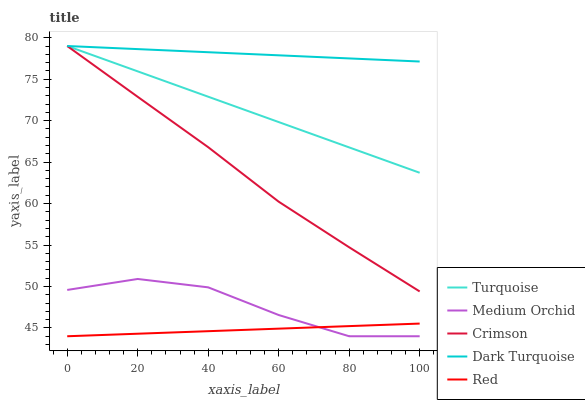
| xaxis_label | Turquoise | Medium Orchid | Crimson | Dark Turquoise | Red |
 | --- | --- | --- | --- | --- | --- |
 | 0 | 79 | 49.6 | 79 | 79 | 44 |
 | 20 | 75.9 | 50.9 | 72.9 | 78.6 | 44.3 |
 | 40 | 72.9 | 49.9 | 66.8 | 78.3 | 44.6 |
 | 60 | 69.8 | 46.6 | 60.2 | 77.9 | 44.9 |
 | 80 | 66.8 | 44 | 54.7 | 77.5 | 45.2 |
 | 100 | 63.7 | 44 | 49.4 | 77.1 | 45.5 |